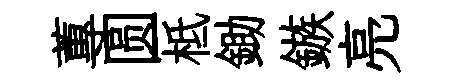
蓴圆柢鋤鏃亮